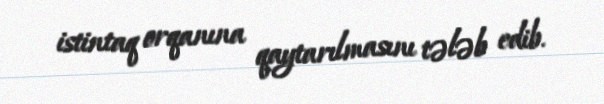
istintaq orqanına qaytarılmasını tələb edib.